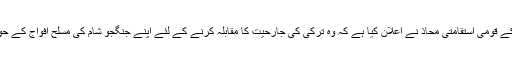
درایں اثنا شام کے قومی استقامتی محاذ نے اعلان کیا ہے کہ وہ ترکی کی جارحیت کا مقابلہ کرنے کے لئے اپنے جنگجو شام کی مسلح افواج کے حوالے کردے گا۔